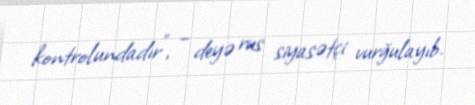
kontrolundadır”, – deyə rus siyasətçi vurğulayıb.